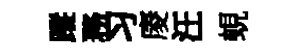
蹤務习庱汪蜆